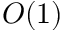
O ( 1 )